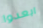
ابعدوا